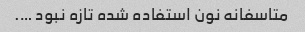
متاسفانه نون استفاده شده تازه نبود ….